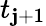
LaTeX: t_{\mathbf{j}+1}